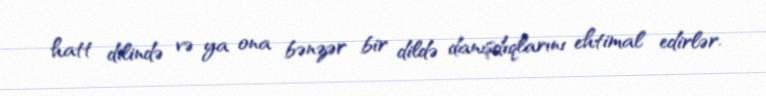
hatt dilində və ya ona bənzər bir dildə danışdıqlarını ehtimal edirlər.